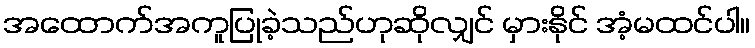
အထောက်အကူပြုခဲ့သည်ဟုဆိုလျှင် မှားနိုင် အံ့မထင်ပါ။